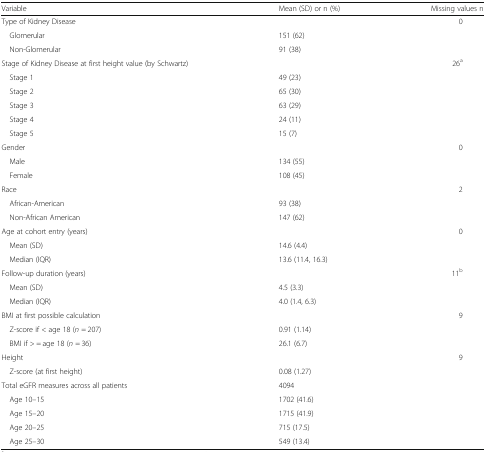
<table><thead><tr><td><b>Variable</b></td><td><b>Mean (SD) or n (%)</b></td><td><b>Missing values n</b></td></tr></thead><tbody><tr><td>Type of Kidney Disease</td><td></td><td>0</td></tr><tr><td> Glomerular</td><td>151 (62)</td><td></td></tr><tr><td> Non-Glomerular</td><td>91 (38)</td><td></td></tr><tr><td>Stage of Kidney Disease at first height value (by Schwartz)</td><td></td><td>26<sup>a</sup></td></tr><tr><td> Stage 1</td><td>49 (23)</td><td></td></tr><tr><td> Stage 2</td><td>65 (30)</td><td></td></tr><tr><td> Stage 3</td><td>63 (29)</td><td></td></tr><tr><td> Stage 4</td><td>24 (11)</td><td></td></tr><tr><td> Stage 5</td><td>15 (7)</td><td></td></tr><tr><td>Gender</td><td></td><td>0</td></tr><tr><td> Male</td><td>134 (55)</td><td></td></tr><tr><td> Female</td><td>108 (45)</td><td></td></tr><tr><td>Race</td><td></td><td>2</td></tr><tr><td> African-American</td><td>93 (38)</td><td></td></tr><tr><td> Non-African American</td><td>147 (62)</td><td></td></tr><tr><td>Age at cohort entry (years)</td><td></td><td>0</td></tr><tr><td> Mean (SD)</td><td>14.6 (4.4)</td><td></td></tr><tr><td> Median (IQR)</td><td>13.6 (11.4, 16.3)</td><td></td></tr><tr><td>Follow-up duration (years)</td><td></td><td>11<sup>b</sup></td></tr><tr><td> Mean (SD)</td><td>4.5 (3.3)</td><td></td></tr><tr><td> Median (IQR)</td><td>4.0 (1.4, 6.3)</td><td></td></tr><tr><td>BMI at first possible calculation</td><td></td><td>9</td></tr><tr><td> Z-score if &lt; age 18 (<i>n</i> = 207)</td><td>0.91 (1.14)</td><td></td></tr><tr><td> BMI if &gt; = age 18 (<i>n</i> = 36)</td><td>26.1 (6.7)</td><td></td></tr><tr><td>Height</td><td></td><td>9</td></tr><tr><td> Z-score (at first height)</td><td>0.08 (1.27)</td><td></td></tr><tr><td>Total eGFR measures across all patients</td><td>4094</td><td></td></tr><tr><td> Age 10–15</td><td>1702 (41.6)</td><td></td></tr><tr><td> Age 15–20</td><td>1715 (41.9)</td><td></td></tr><tr><td> Age 20–25</td><td>715 (17.5)</td><td></td></tr><tr><td> Age 25–30</td><td>549 (13.4)</td><td></td></tr></tbody></table>